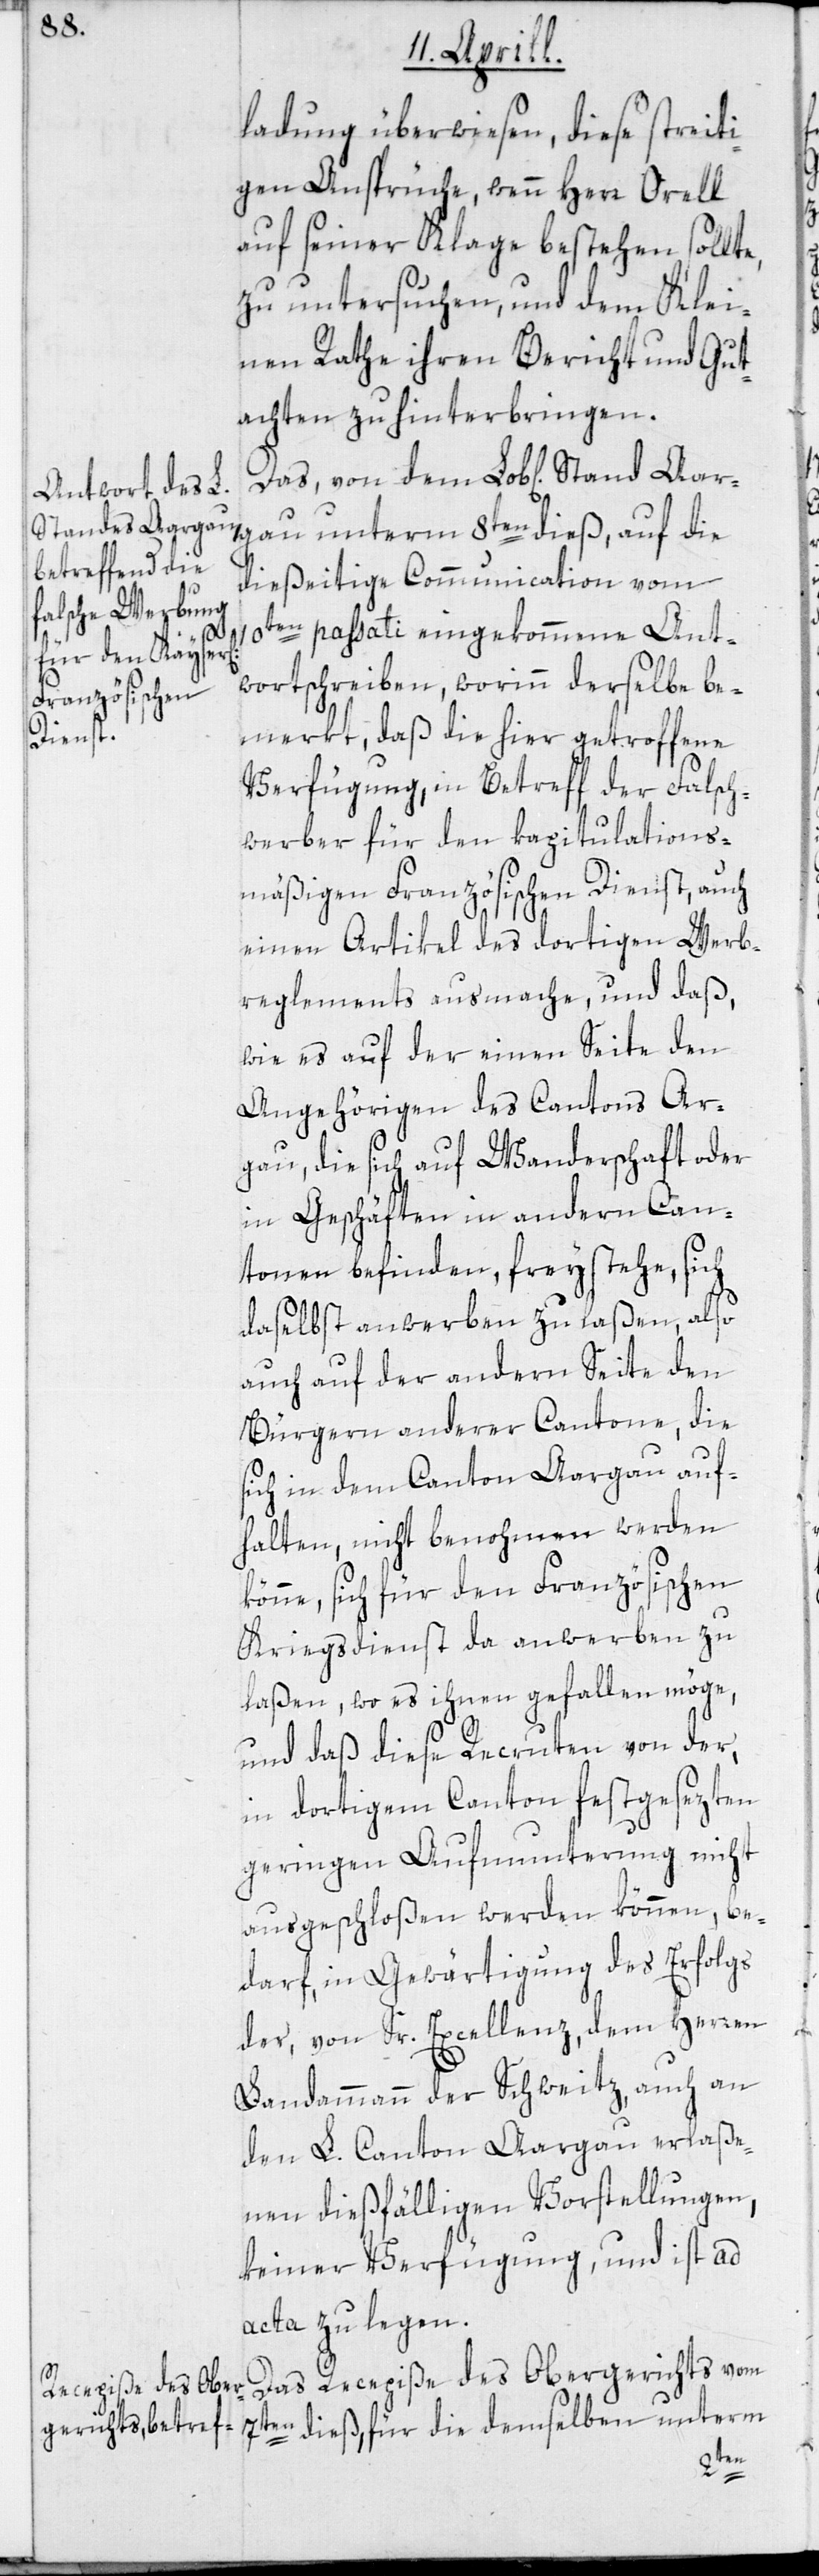
ladung überwiesen, diese streiti¬
gen Ansprüche, wenn Herr Orell
auf seiner Klage bestehen sollte,
zu untersuchen, und dem Klei¬
nen Rathe ihren Bericht und Gut¬
achten zu hinterbringen.
Stand Aargau unterm 8ten dieß, auf die
dießeitige Communication vom
10ten passati eingekommene Ant¬
wortschreiben, worinn derselbe be¬
merkt, daß die hier getroffene
Verfügung, in Betreff der Falsch¬
werber für den kapitulations¬
mäßigen Französischen Dienst, auch
einen Artikel des dortigen Werb¬
reglements ausmache, und daß,
wie es auf der einen Seite den
Angehörigen des Cantons Ar¬
gau, die sich auf Wanderschaft oder
in Geschäften in andern Can¬
tonen befinden, freystehe, sich
daselbst anwerben zu laßen, also
auch auf der andern Seite den
Bürgern anderer Cantone, die
sich in dem Canton Aargau auf¬
halten, nicht benohmen werden
könne, sich für den Französischen
Kriegsdienst da anwerben zu
laßen, wo es ihnen gefallen möge,
und daß diese Recruten von der,
in dortigem Canton festgesezten
geringen Aufmunterung nicht
ausgeschloßen werden können, be¬
darf, in Gewärtigung des Erfolgs
der, von Sr. Excellenz, dem Herren
Landammann der Schweitz, auch an
den L. Canton Aargau erlaße¬
nen dießfälligen Vorstellungen,
keiner Verfügung, und ist ad
acta zu legen.
Das Recepiße des Obergerichts vom
7ten dieß, für die demselben unterm
dem